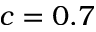
c = 0 . 7